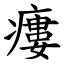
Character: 瘻